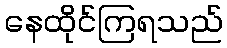
နေထိုင်ကြရသည်